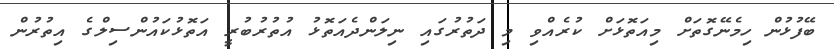
ބޭފުޅުން ހިމެނޭގޮތަށް މިއަތޮޅަށް ކުރެއްވި މި ދަތުރުގައި ނިލަންދެއަތޮޅު އުތުރުބުރީ އަތޮޅުކައުންސިލްގެ އިތުރުން